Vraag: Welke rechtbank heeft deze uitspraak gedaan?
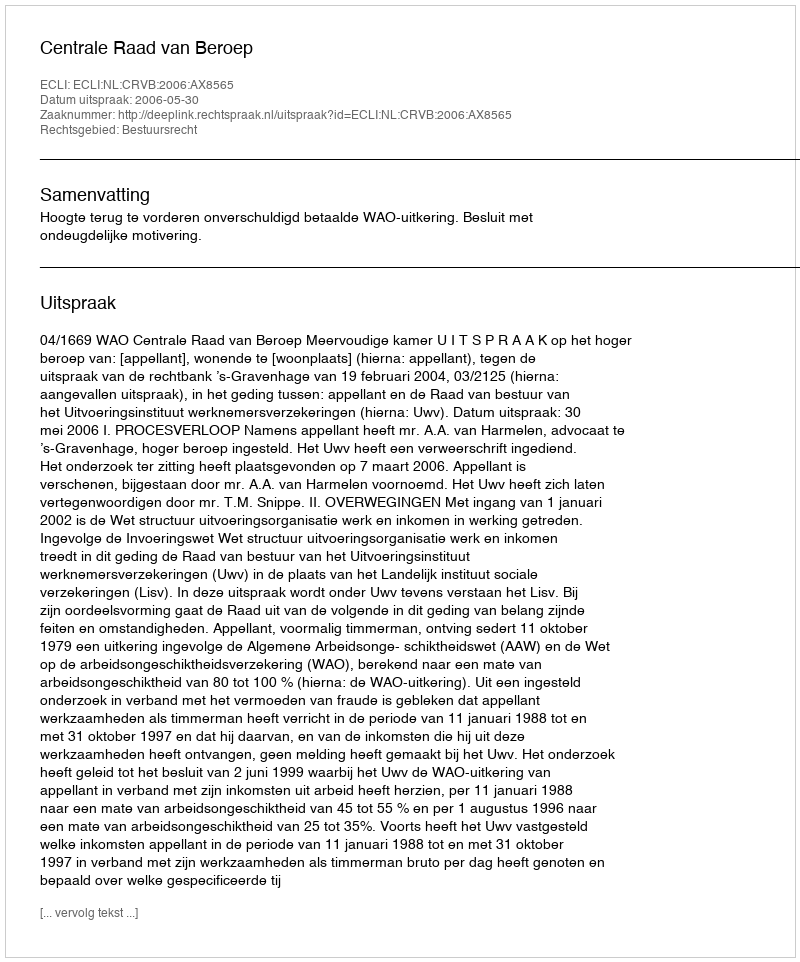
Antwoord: Centrale Raad van Beroep